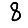
Digit: 8